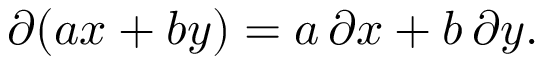
\partial ( a x + b y ) = a \, \partial x + b \, \partial y .